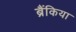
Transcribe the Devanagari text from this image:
ब्रैंकिया